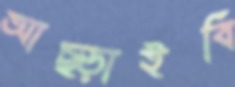
আছ্‌ড়াইবি